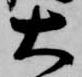
大